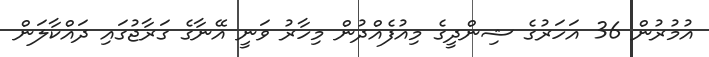
އުމުރުން 36 އަހަރުގެ ޝިންދީގެ މިއުފެއްދުން މިހާރު ވަނީ އޭނާގެ ގަރާޖުގައި ދައްކާލަން